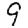
Digit: 9